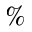
\%